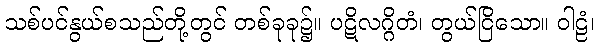
သစ်ပင်နွယ်စသည်တို့တွင် တစ်ခုခု၌။ ပဋိလဂ္ဂိတံ၊ တွယ်ငြိသော။ ဝါဠံ၊